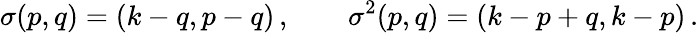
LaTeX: \sigma(p,q)=(k-q,p-q)\, ,\qquad\sigma^{2}(p,q)=(k-p+q,k-p)\, .